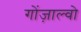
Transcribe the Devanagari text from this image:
गोंज़ाल्वो